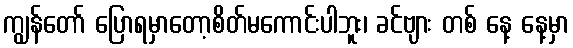
ကျွန်တော် ပြောရမှာတော့စိတ်မကောင်းပါဘူး၊ ခင်ဗျား တစ် နေ့ နေ့မှာ